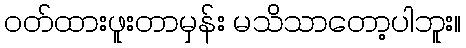
ဝတ်ထားဖူးတာမှန်း မသိသာတော့ပါဘူး။